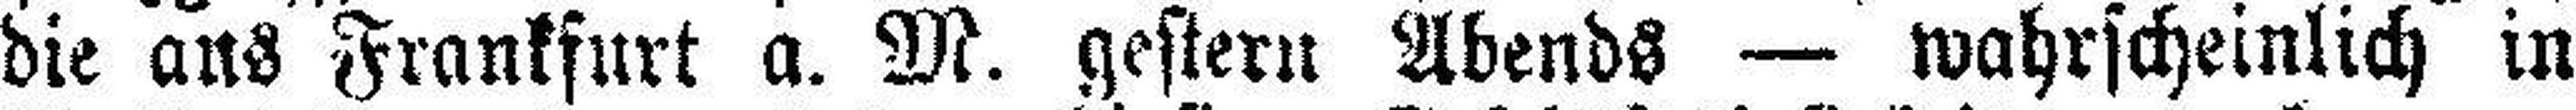
die aus Frankfurt a. M. gestern Abends — wahrscheinlich in